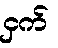
ငှက်